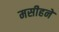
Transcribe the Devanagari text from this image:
मसीहने